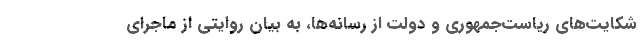
شکایت‌های ریاست‌جمهوری و دولت از رسانه‌ها، به بیان روایتی از ماجرای